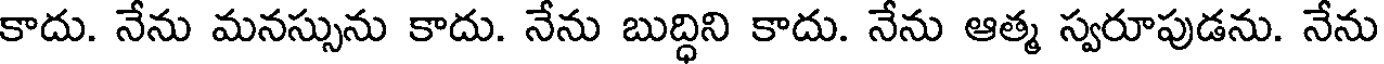
కాదు. నేను మనస్సును కాదు. నేను బుద్ధిని కాదు. నేను ఆత్మ స్వరూపుడను. నేను